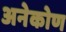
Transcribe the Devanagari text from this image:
अनेकोण